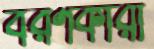
বরণকারী